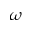
\omega